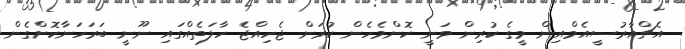
އެޗްއާރުސީއެމްއިން މީގެ ކުރިން ވަނީ ކޮންމެހެން ކުރަން ޖެހިއްޖެ ހާލަތެއްގައި ނޫނީ ބަރަހަނާކޮށްގެން